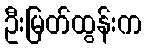
ဦးမြတ်ထွန်းက